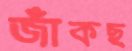
জাঁকছ